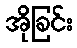
အိုခြင်း